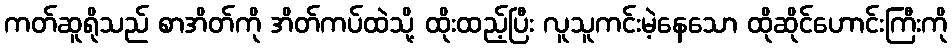
ကတ်ဆူရိုသည် စာအိတ်ကို အိတ်ကပ်ထဲသို့ ထိုးထည့်ပြီး လူသူကင်းမဲ့နေသော ထိုဆိုင်ဟောင်းကြီးကို